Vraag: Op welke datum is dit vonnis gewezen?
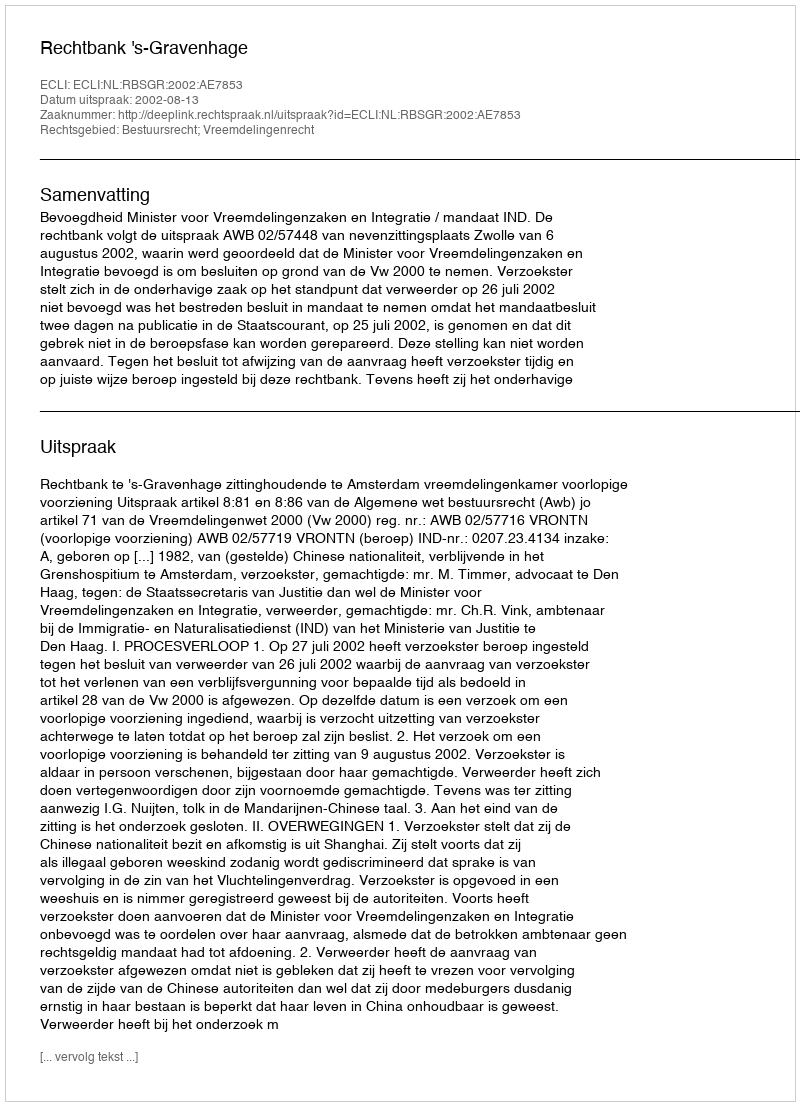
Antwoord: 2002-08-13